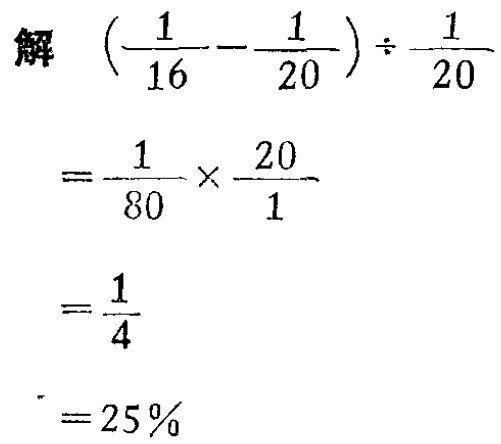
解

\[

\begin{align*}

(\frac{1}{16}-\frac{1}{20})\div\frac{1}{20}&\\

=\frac{1}{80}\times\frac{20}{1}&\\

=\frac{1}{4}&\\

=25\%&

\end{align*}

\]